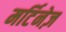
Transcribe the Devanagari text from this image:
मर्टिनेज़